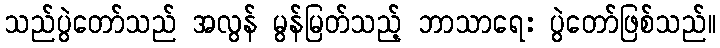
သည်ပွဲတော်သည် အလွန် မွန်မြတ်သည့် ဘာသာရေး ပွဲတော်ဖြစ်သည်။